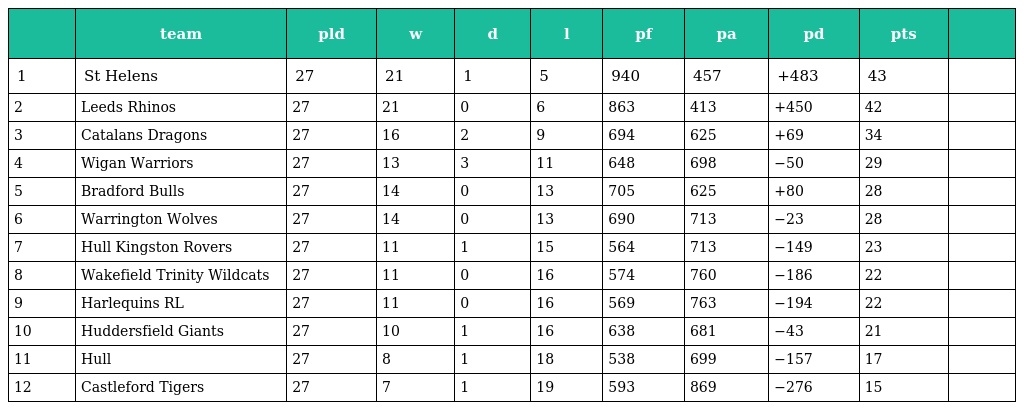
|  | team | pld | w | d | l | pf | pa | pd | pts |  |
 | --- | --- | --- | --- | --- | --- | --- | --- | --- | --- | --- |
 | 1 | St Helens | 27 | 21 | 1 | 5 | 940 | 457 | +483 | 43 |  |
 | 2 | Leeds Rhinos | 27 | 21 | 0 | 6 | 863 | 413 | +450 | 42 |  |
 | 3 | Catalans Dragons | 27 | 16 | 2 | 9 | 694 | 625 | +69 | 34 |  |
 | 4 | Wigan Warriors | 27 | 13 | 3 | 11 | 648 | 698 | −50 | 29 |  |
 | 5 | Bradford Bulls | 27 | 14 | 0 | 13 | 705 | 625 | +80 | 28 |  |
 | 6 | Warrington Wolves | 27 | 14 | 0 | 13 | 690 | 713 | −23 | 28 |  |
 | 7 | Hull Kingston Rovers | 27 | 11 | 1 | 15 | 564 | 713 | −149 | 23 |  |
 | 8 | Wakefield Trinity Wildcats | 27 | 11 | 0 | 16 | 574 | 760 | −186 | 22 |  |
 | 9 | Harlequins RL | 27 | 11 | 0 | 16 | 569 | 763 | −194 | 22 |  |
 | 10 | Huddersfield Giants | 27 | 10 | 1 | 16 | 638 | 681 | −43 | 21 |  |
 | 11 | Hull | 27 | 8 | 1 | 18 | 538 | 699 | −157 | 17 |  |
 | 12 | Castleford Tigers | 27 | 7 | 1 | 19 | 593 | 869 | −276 | 15 |  |